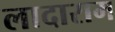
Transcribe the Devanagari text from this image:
लादाराम